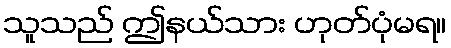
သူသည် ဤနယ်သား ဟုတ်ပုံမရ။